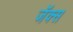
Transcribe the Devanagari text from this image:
जॅक्स